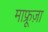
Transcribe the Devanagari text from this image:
माफ्रूज़ा